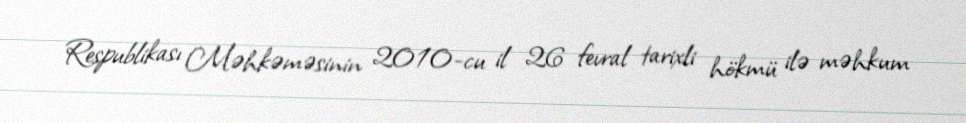
Respublikası Məhkəməsinin 2010-cu il 26 fevral tarixli hökmü ilə məhkum